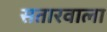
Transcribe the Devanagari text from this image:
सतारवाला